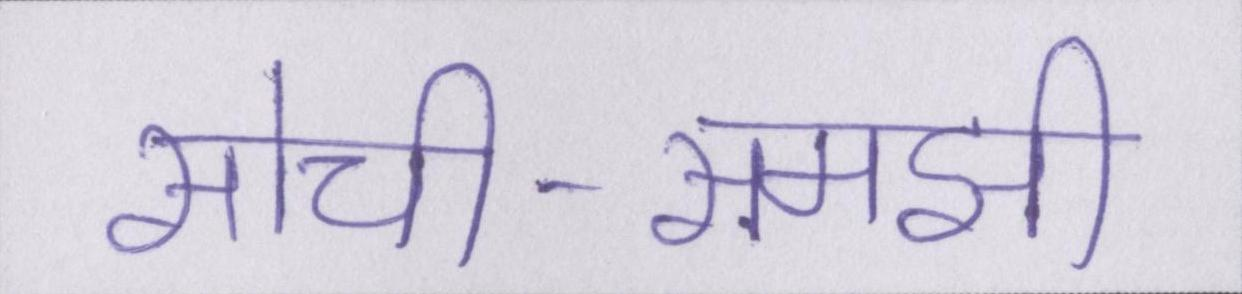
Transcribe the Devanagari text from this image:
सोची-समझी